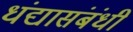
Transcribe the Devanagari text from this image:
धंद्यासंबंधीं